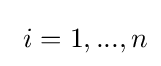
~i=1,...,n